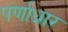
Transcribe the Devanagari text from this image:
पर्णाधार